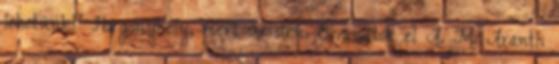
lehetünk? Horgonyhely, mert úristen. Olvassátok el A. M. Aranth